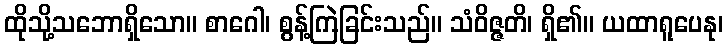
ထိုသို့သဘောရှိသော။ စာဂေါ၊ စွန့်ကြဲခြင်းသည်။ သံဝိဇ္ဇတိ၊ ရှိ၏။ ယထာရူပေနု၊